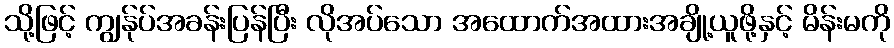
သို့ဖြင့် ကျွန်ုပ်အခန်းပြန်ပြီး လိုအပ်သော အထောက်အထားအချို့ယူဖို့နှင့် မိန်းမကို